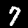
Label: 7